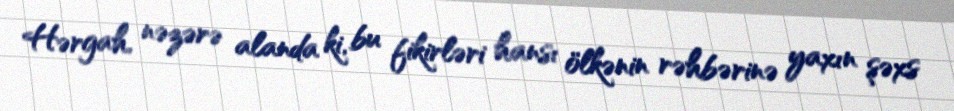
Hərgah, nəzərə alanda ki, bu fikirləri hansı ölkənin rəhbərinə yaxın şəxs